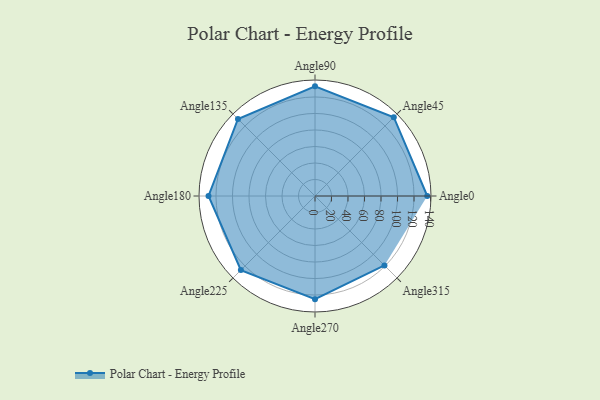
{"axis": {"x": "Angle", "y": "Radius"}, "legend": [""], "data": [{"x": "Angle0", "y": 136.0, "type": ""}, {"x": "Angle45", "y": 135.0, "type": ""}, {"x": "Angle90", "y": 133.0, "type": ""}, {"x": "Angle135", "y": 132.0, "type": ""}, {"x": "Angle180", "y": 129.0, "type": ""}, {"x": "Angle225", "y": 127.0, "type": ""}, {"x": "Angle270", "y": 125.0, "type": ""}, {"x": "Angle315", "y": 119.0, "type": ""}]}